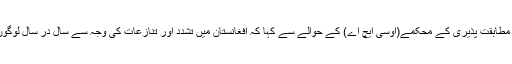
اقوام متحدہ کے نائب ترجمان فرحان حق نے اقوام متحدہ انسانی امور کی مطابقت پذیری کے محکمے(اوسی ایچ اے) کے حوالے سے کہا کہ افغانستان میں تشدد اور تنازعات کی وجہ سے سال در سال لوگوں کی اندرونی نقل مکانی میں اضافہ ہو رہا ہے جو واقعی تشویشناک ہے۔